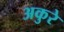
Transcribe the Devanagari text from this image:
अकुरे